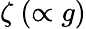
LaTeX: \zeta~(\propto g)